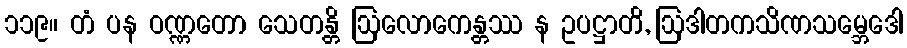
၁၁၉။ တံ ပန ဝဏ္ဏတော သေတန္တိ ဩလောကေန္တဿ န ဥပဋ္ဌာတိ, ဩဒါတကသိဏသမ္ဘေဒေါ